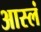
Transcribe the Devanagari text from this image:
आस्लं